Lunatic asylums in Bengal annual reports 1899-1911 - 1899-1911
Year: 1899
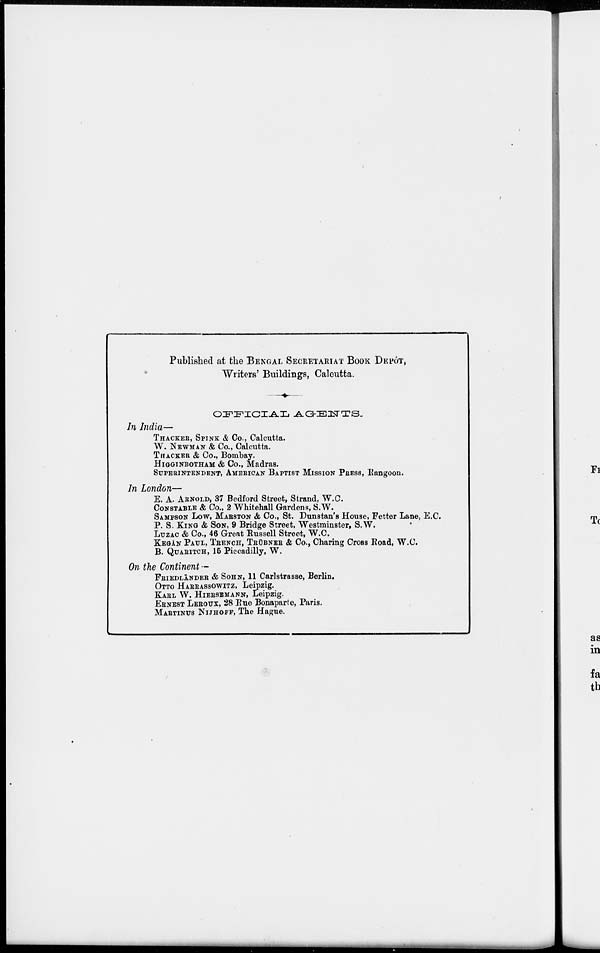
Published at the BENGAL SECRETARIAT BOOK DEPÔT,
Writers' Buildings, Calcutta.
OFFICIAL
AGENTS.
In India—
THACKER, SPINK & Co., Calcutta.
W. NEWMAN & Co., Calcutta.
THACKER & Co., Bombay.
HIGGINBOTHAM & Co., Madras.
SUPERINTENDENT, AMERICAN BAPTIST MISSION PRESS, Rangoon.
In London—
E. A. ARNOLD, 37 Bedford Street, Strand, W.C.
CONSTABLE & Co., 2 Whitehall Gardens, S.W.
SAMPSON LOW, MARSTON & Co., St. Dunstan's House, Fetter Lane, E.C.
P. S. KING & SON, 9 Bridge Street, Westminster, S.W.
LUZAC & Co., 46 Great Russell Street, W.C.
KEGAN PAUL, TRENCH, TRÜBNER & Co., Charing Cross Road, W.C.
B. QUARITCH, 15 Piccadilly, W.
On the Continent —
FRIEDLÄNDER & SOHN, 11 Carlstrasse, Berlin.
OTTO HARRASSOWITZ, Leipzig.
KARL W. HIERSEMANN, Leipzig.
ERNEST LEROUX, 28 Rue Bonaparte, Paris.
MARTINUS NIJHOFF, The Hague.